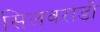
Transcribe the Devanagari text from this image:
सिलवराडो